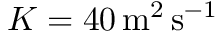
K = 4 0 \, \mathrm { m } ^ { 2 } \, \mathrm { s } ^ { - 1 }